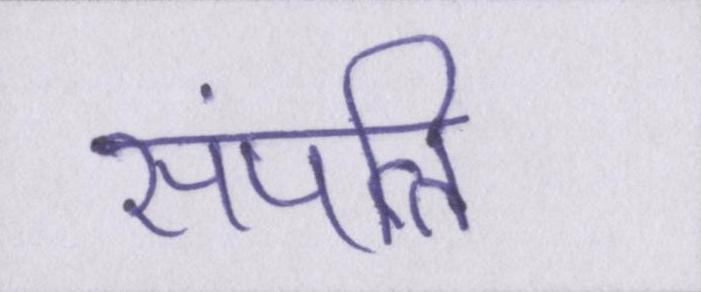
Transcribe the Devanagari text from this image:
संपत्ति